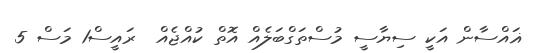
ޣައްސާން އަކީ ސިޔާސީ މުސްތަގްބަލެއް އޮތް ކުއްޖެއް  ރައީސް1 މަސް 5